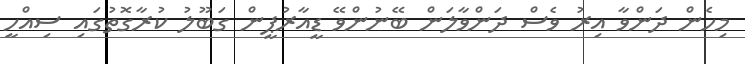
މިހެން ދަންވާ އިރު ވެސް ދަންވާލަން ބޭނުންވޭ ޑީއާރުޕީން ގަބޫލު ކުރާގޮތުގައި ސިއްހީ